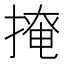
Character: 𢲅